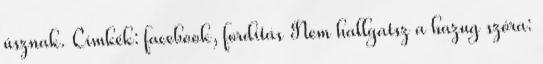
úsznak. Címkék: facebook, fordítás Nem hallgatsz a hazug szóra: